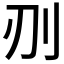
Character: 𭃅